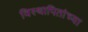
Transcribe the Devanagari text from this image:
विस्थापितांच्या